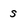
Character: S